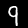
Digit: 9